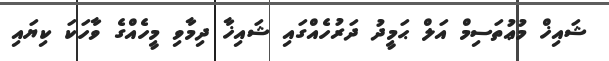
ޝައިޚް މުޢުތަސިމް އަލް ޙަމީދު ދަރުހެއްގައި ޝައިޚާ ދިމާވި މީހެއްގެ ވާހަކަ ކިޔައި